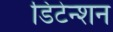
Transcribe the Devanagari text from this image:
डिटेन्शन